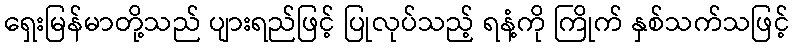
ရှေးမြန်မာတို့သည် ပျားရည်ဖြင့် ပြုလုပ်သည့် ရနံ့ကို ကြိုက် နှစ်သက်သဖြင့်